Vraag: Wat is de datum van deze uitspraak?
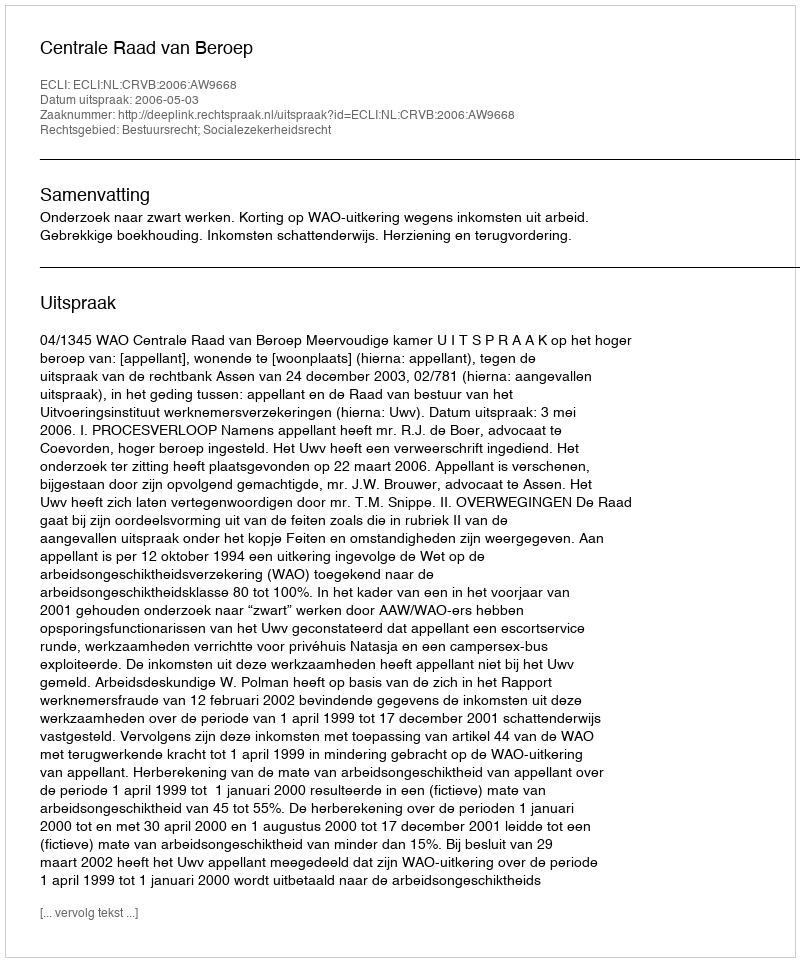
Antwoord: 2006-05-03